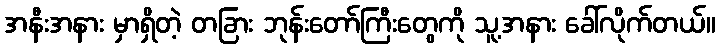
အနီးအနား မှာရှိတဲ့ တခြား ဘုန်းတော်ကြီးတွေကို သူ့အနား ခေါ်လိုက်တယ်။